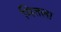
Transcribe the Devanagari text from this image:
मितला